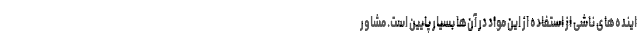
اینده‌های ناشی از استفاده از این مواد در آن‌ها بسیار پایین است. مشاور